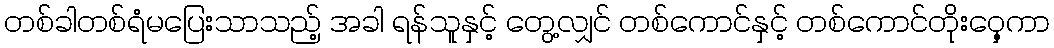
တစ်ခါတစ်ရံမပြေးသာသည့် အခါ ရန်သူနှင့် တွေ့လျှင် တစ်ကောင်နှင့် တစ်ကောင်တိုးဝှေ့ကာ